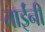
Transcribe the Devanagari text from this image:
ताईंनी